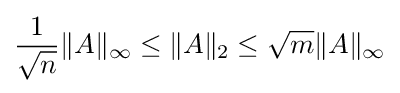
{\frac {1}{\sqrt {n}}}\|A\|_{\infty }\leq \|A\|_{2}\leq {\sqrt {m}}\|A\|_{\infty }